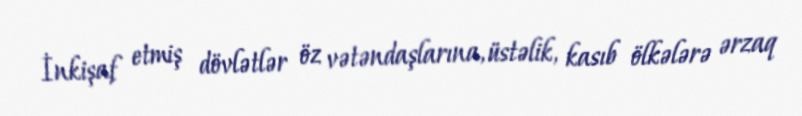
İnkişaf etmiş dövlətlər öz vətəndaşlarına, üstəlik, kasıb ölkələrə ərzaq